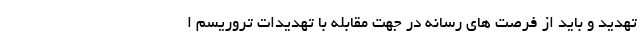
تهدید و باید از فرصت های رسانه در جهت مقابله با تهدیدات تروریسم ا